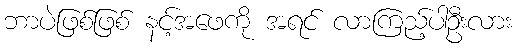
ဘာပဲဖြစ်ဖြစ် နင့်အဖေကို အရင် လာကြည့်ပါဦးလား